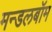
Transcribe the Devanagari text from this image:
मन्डलबॉम